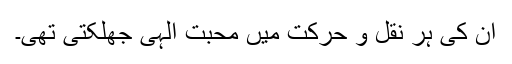
ان کی ہر نقل و حرکت میں محبت الٰہی جھلکتی تھی۔